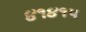
૪૧૪૧૫